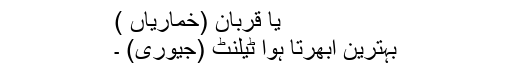
یا قربان (خماریاں )
بہترین ابھرتا ہوا ٹیلنٹ (جیوری) ۔